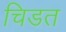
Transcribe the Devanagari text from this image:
चिडत